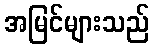
အမြင်များသည်